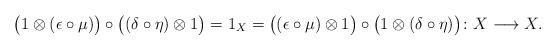
LaTeX: \begin{align*} \big(1 \otimes (\epsilon \circ \mu)\big) \circ \big((\delta \circ \eta) \otimes 1\big) = 1_X = \big((\epsilon \circ \mu) \otimes 1\big) \circ \big(1 \otimes (\delta \circ \eta)\big)\colon X \longrightarrow X.\end{align*}